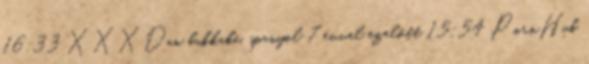
16:33 XXXDan bukkake, spanyol 7 évvel ezelőtt 15:54 PornHub